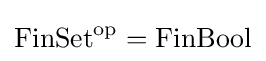
\operatorname {FinSet} ^{\text{op}}=\operatorname {FinBool}